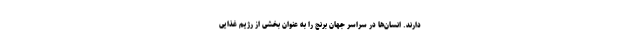
دارند. انسان‌ها در سراسر جهان برنج را به عنوان بخشی از رژیم غذایی